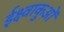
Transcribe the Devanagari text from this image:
ईक्ष्वाकुओं